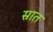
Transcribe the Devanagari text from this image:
स्रात